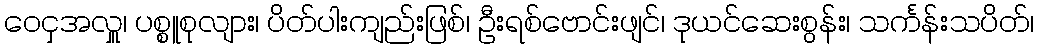
ဝေငှအလှူ၊ ပစ္စူစုလျား၊ ပိတ်ပါးကျည်းဖြစ်၊ ဦးရစ်ဗောင်းဖျင်၊ ဒုယင်ဆေးစွန်း၊ သင်္ကန်းသပိတ်၊